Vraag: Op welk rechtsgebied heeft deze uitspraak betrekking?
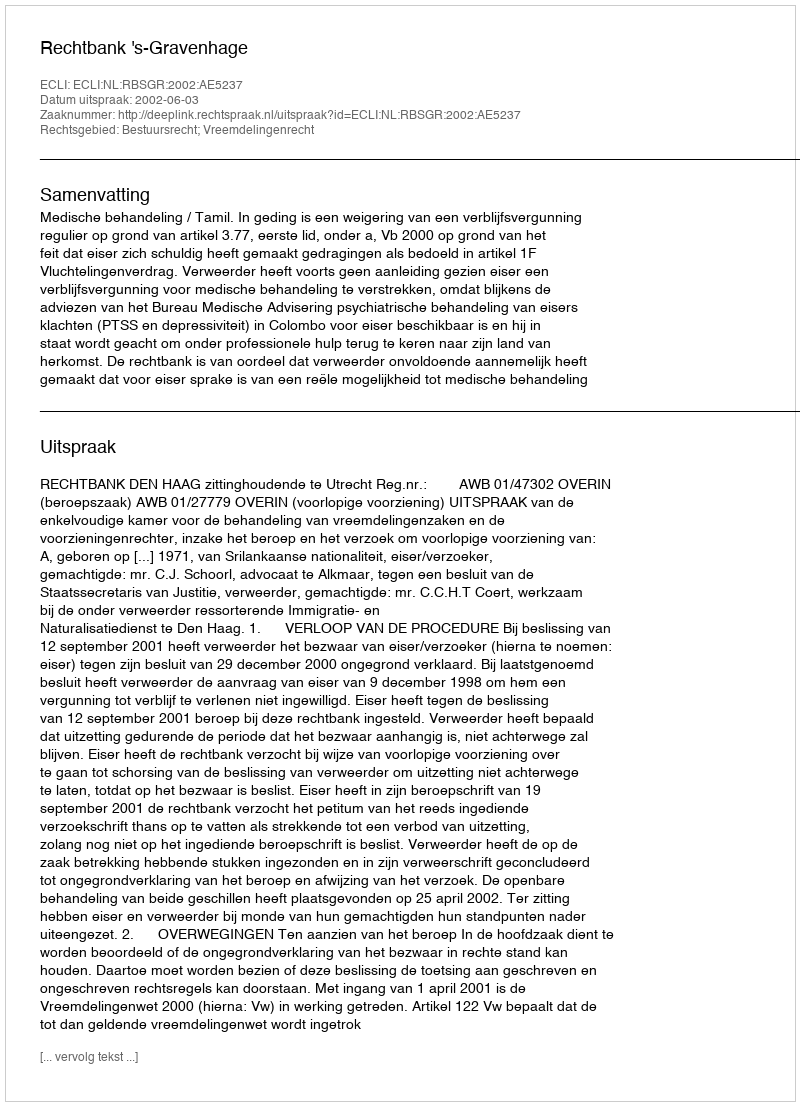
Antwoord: Bestuursrecht; Vreemdelingenrecht